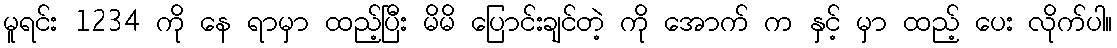
မူရင်း 1234 ကို နေ ရာမှာ ထည့်ပြီး မိမိ ပြောင်းချင်တဲ့ ကို အောက် က နှင့် မှာ ထည့် ပေး လိုက်ပါ။